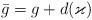
LaTeX: \begin{align*}\bar{g}=g+d(\varkappa)\end{align*}